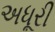
અધૂરી